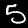
Label: 5